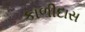
કાળીદાસ